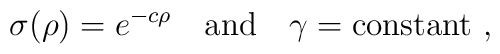
\sigma(\rho)= e^{-c\rho} \quad {\rm and} \quad \gamma= {\rm constant}~,